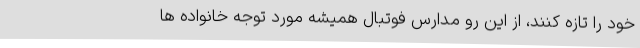
خود را تازه کنند، از این رو مدارس فوتبال همیشه مورد توجه خانواده ها